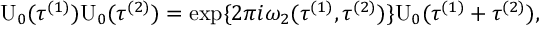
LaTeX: \mathrm { U } _ { 0 } ( { \tau } ^ { ( 1 ) } ) \mathrm { U } _ { 0 } ( { \tau } ^ { ( 2 ) } ) = \exp \{ 2 \pi i { \omega } _ { 2 } ( { \tau } ^ { ( 1 ) } , { \tau } ^ { ( 2 ) } ) \} \mathrm { U } _ { 0 } ( { \tau } ^ { ( 1 ) } + { \tau } ^ { ( 2 ) } ) ,